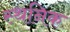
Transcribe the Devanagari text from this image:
स्थनिक